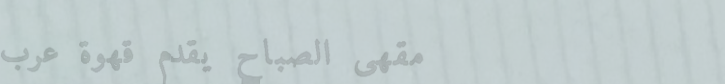
مقهى الصباح يقدم قهوة عرب